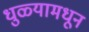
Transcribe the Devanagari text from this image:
धुळ्यामधून